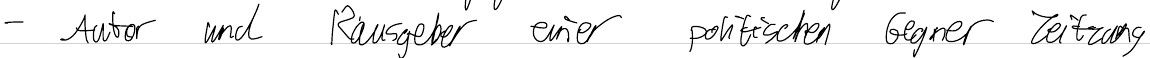
- Autor und Rausgeber einer politischen Gegner Zeitung